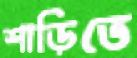
শাড়িতে